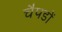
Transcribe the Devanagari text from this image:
चैपडों